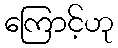
ကြောင့်ဟု